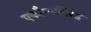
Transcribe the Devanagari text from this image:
एकौम्पलिश्ड